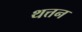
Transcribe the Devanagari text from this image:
थत्तन